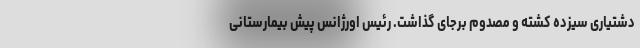
دشتیاری سیزده کشته و مصدوم برجای گذاشت. رئیس اورژانس پیش بیمارستانی